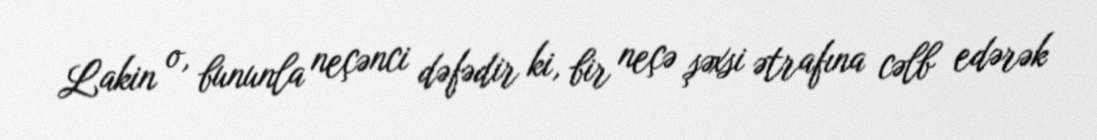
Lakin o, bununla neçənci dəfədir ki, bir neçə şəxsi ətrafına cəlb edərək